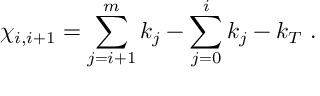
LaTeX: \chi _ { i , i + 1 } = \sum _ { j = i + 1 } ^ { m } k _ { j } - \sum _ { j = 0 } ^ { i } k _ { j } - k _ { T } ~ . ~ \,